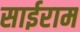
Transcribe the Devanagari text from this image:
साईराम